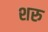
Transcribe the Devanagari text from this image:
शरु